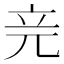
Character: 𥩗